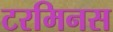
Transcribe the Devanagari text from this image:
टरमिनस